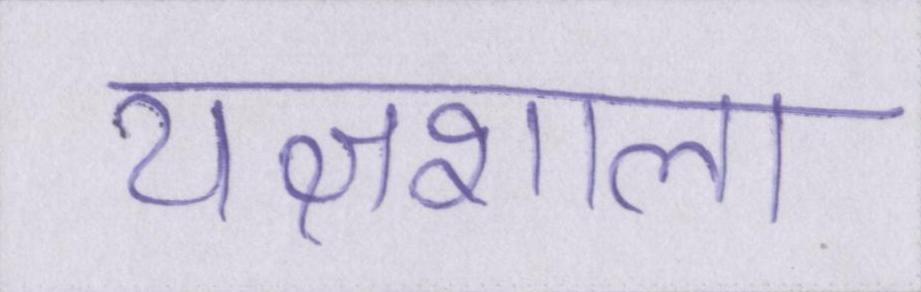
यज्ञशाला